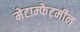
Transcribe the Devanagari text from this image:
मेटाम्फेटमीन